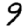
Digit: 9